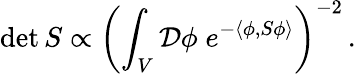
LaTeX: \operatorname*{det}S\propto\left(\int_{V}{\mathcal{D}}\phi\; e^{-\langle\phi,S\phi\rangle}\right)^{-2}\, .